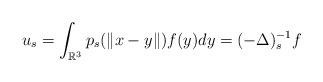
LaTeX: \begin{align*}{u}_s= \int_{\mathbb{R}^3} p_{s}(\|x-y\|)f(y) dy = (-\Delta)_s^{-1} f\end{align*}